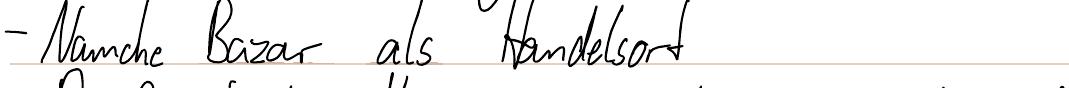
- Namche Bazar als Handelsort